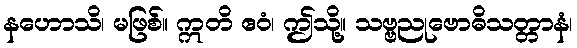
နဟောသိ၊ မဖြစ်။ ဣတိ ဧဝံ၊ ဤသို့။ သဗ္ဗညုဗောဓိသတ္တာနံ၊